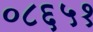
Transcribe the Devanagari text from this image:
०८६५१